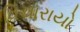
વિચારાયો